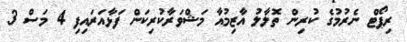
ރިޕޯޓް ނެރުމުގެ ކުރިން ތޮލާލު އާޒިމުއާ މަޝްވަރާކުރިކަން ފަޅާއަރައިފި 4 މަސް 3